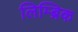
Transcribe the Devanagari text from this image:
लिम्ब्रिक